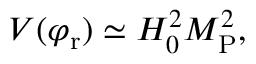
V ( \varphi _ { \mathrm { r } } ) \simeq H _ { 0 } ^ { 2 } M _ { \mathrm { P } } ^ { 2 } ,